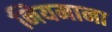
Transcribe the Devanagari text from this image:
नियमाना